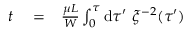
\begin{array} { r l r } { t } & { { } = } & { \frac { \mu L } { W } \int _ { 0 } ^ { \tau } \mathrm { d } \tau ^ { \prime } \ \xi ^ { - 2 } ( \tau ^ { \prime } ) } \end{array}